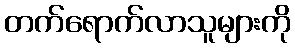
တက်ရောက်လာသူများကို